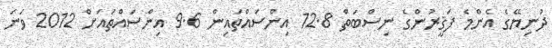
ދުނިޔޭގެ އެންމެ ފަޤީރުންގެ ނިސްބަތް 12.8 އިންސައްތައިން 9.6 އިންސައްތައަށް 2012 ވަނަ